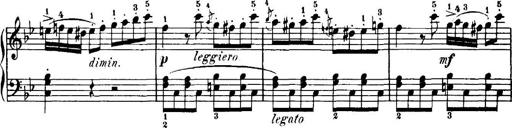
Title: 7 Sonatinas
Composer: Anton Diabelli